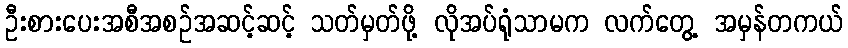
ဦးစားပေးအစီအစဉ်အဆင့်ဆင့် သတ်မှတ်ဖို့ လိုအပ်ရုံသာမက လက်တွေ့ အမှန်တကယ်